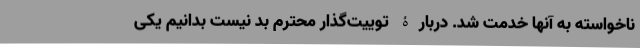
ناخواسته به آنها خدمت شد. دربارۀ توییت‌گذار محترم بد نیست بدانیم یکی